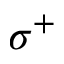
\sigma ^ { + }